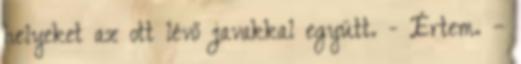
helyeket az ott lévő javakkal együtt. - Értem. –